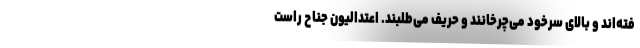
فته‌اند و بالای سرخود می‌چرخانند و حریف می‌طلبند. اعتدالیون جناح راست